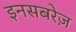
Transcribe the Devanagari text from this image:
इनसबरेज़